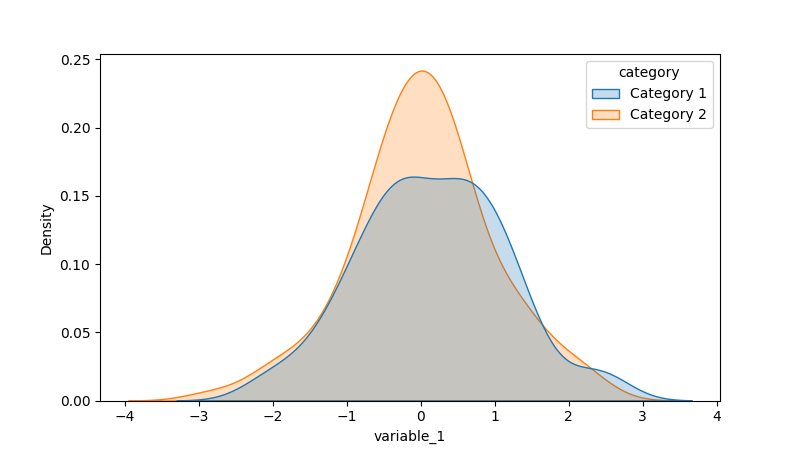
python, seaborn, kdeplot, hue='category', fill=True, bw_adjust=1.0